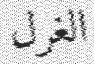
الغرل